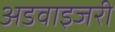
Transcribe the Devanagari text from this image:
अडवाइजरी